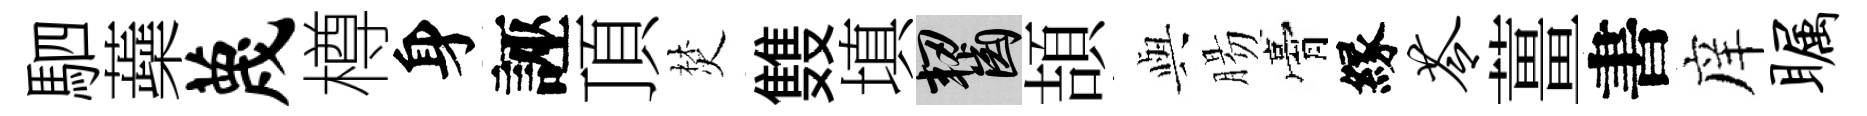
駟蘃蔑樽身誣頂焚䨇填齧頡𫤰腸膏縁苓薑書庠瞩